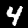
Digit: 4